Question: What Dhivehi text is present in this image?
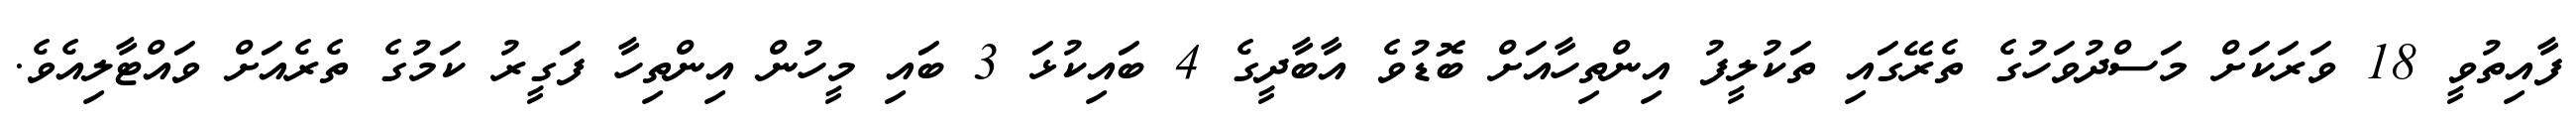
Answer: ފާއިތުވީ 18 ވަރަކަށް މަސްދުވަހުގެ ތެރޭގައި ތަކުލީފު އިންތިހާއަށް ބޮޑުވެ އާބާދީގެ 4 ބައިކުޅަ 3 ބައި މީހުން އިންތިހާ ފަގީރު ކަމުގެ ތެރެއަށް ވައްޓާލިއެވެ.